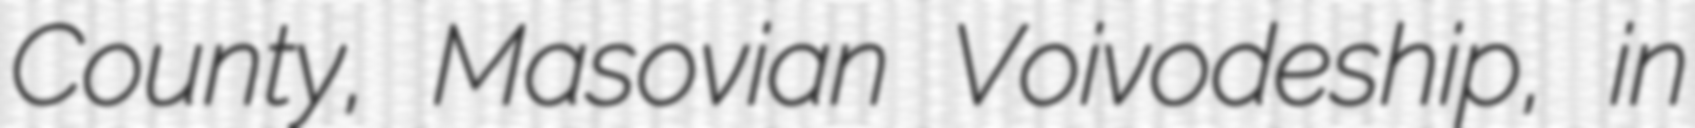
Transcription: County, Masovian Voivodeship, in